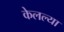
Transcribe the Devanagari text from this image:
केलल्या